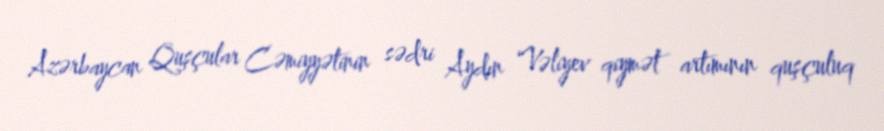
Azərbaycan Quşçular Cəmiyyətinin sədri Aydın Vəliyev qiymət artımının quşçuluq